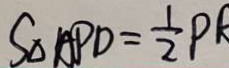
S _ { \Delta } A P D = \frac { 1 } { 2 } P R